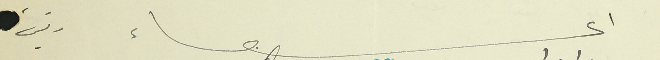
اعضاء  رئيس